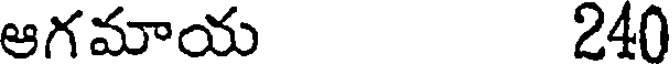
ఆగమాయ 240